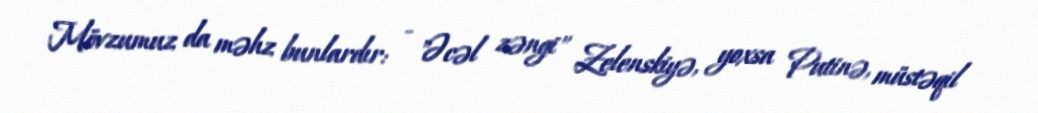
Mövzumuz da məhz bunlardır: - "Əcəl zəngi" Zelenskiyə, yoxsa Putinə, müstəqil